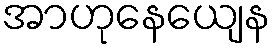
အာဟုနေယျေန